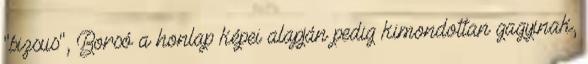
"bizsus", Borsó a honlap képei alapján pedig kimondottan gagyinak,